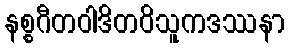
နစ္စဂီတဝါဒိတဝိသူကဒဿနာ